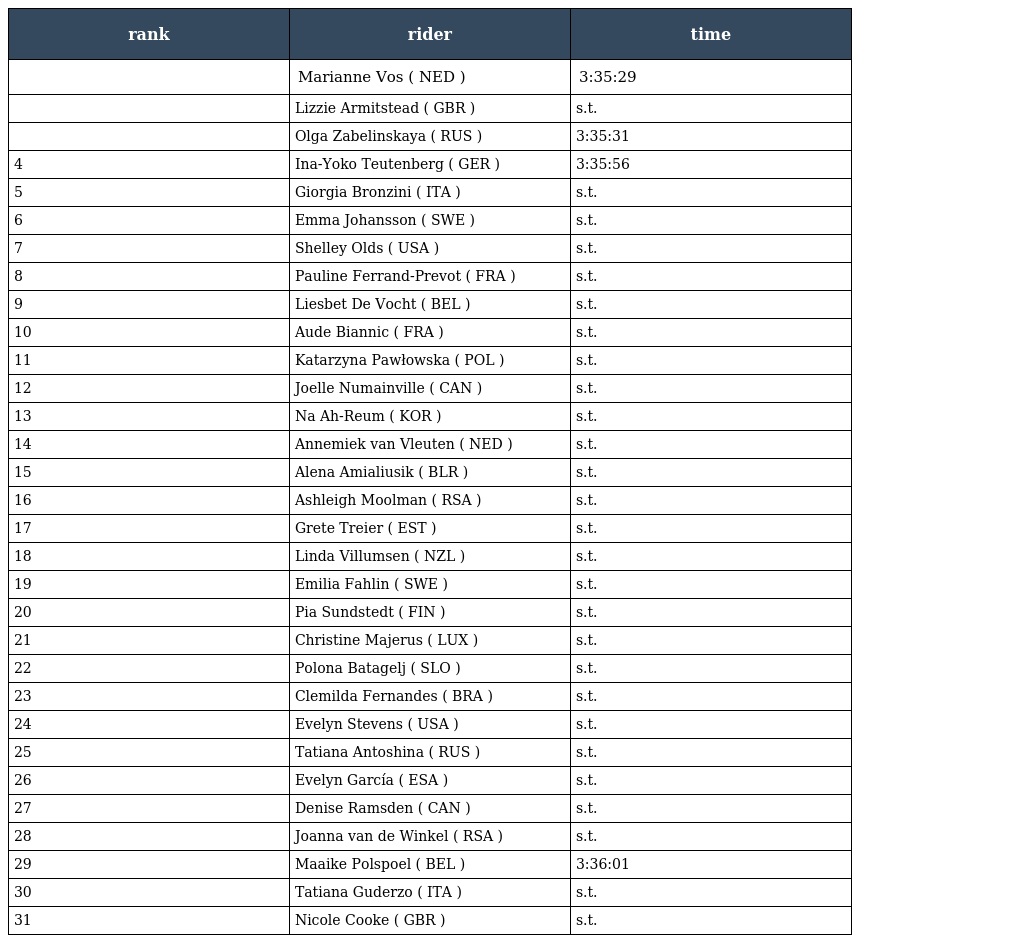
| rank | rider | time |
 | --- | --- | --- |
 |  | Marianne Vos ( NED ) | 3:35:29 |
 |  | Lizzie Armitstead ( GBR ) | s.t. |
 |  | Olga Zabelinskaya ( RUS ) | 3:35:31 |
 | 4 | Ina-Yoko Teutenberg ( GER ) | 3:35:56 |
 | 5 | Giorgia Bronzini ( ITA ) | s.t. |
 | 6 | Emma Johansson ( SWE ) | s.t. |
 | 7 | Shelley Olds ( USA ) | s.t. |
 | 8 | Pauline Ferrand-Prevot ( FRA ) | s.t. |
 | 9 | Liesbet De Vocht ( BEL ) | s.t. |
 | 10 | Aude Biannic ( FRA ) | s.t. |
 | 11 | Katarzyna Pawłowska ( POL ) | s.t. |
 | 12 | Joelle Numainville ( CAN ) | s.t. |
 | 13 | Na Ah-Reum ( KOR ) | s.t. |
 | 14 | Annemiek van Vleuten ( NED ) | s.t. |
 | 15 | Alena Amialiusik ( BLR ) | s.t. |
 | 16 | Ashleigh Moolman ( RSA ) | s.t. |
 | 17 | Grete Treier ( EST ) | s.t. |
 | 18 | Linda Villumsen ( NZL ) | s.t. |
 | 19 | Emilia Fahlin ( SWE ) | s.t. |
 | 20 | Pia Sundstedt ( FIN ) | s.t. |
 | 21 | Christine Majerus ( LUX ) | s.t. |
 | 22 | Polona Batagelj ( SLO ) | s.t. |
 | 23 | Clemilda Fernandes ( BRA ) | s.t. |
 | 24 | Evelyn Stevens ( USA ) | s.t. |
 | 25 | Tatiana Antoshina ( RUS ) | s.t. |
 | 26 | Evelyn García ( ESA ) | s.t. |
 | 27 | Denise Ramsden ( CAN ) | s.t. |
 | 28 | Joanna van de Winkel ( RSA ) | s.t. |
 | 29 | Maaike Polspoel ( BEL ) | 3:36:01 |
 | 30 | Tatiana Guderzo ( ITA ) | s.t. |
 | 31 | Nicole Cooke ( GBR ) | s.t. |